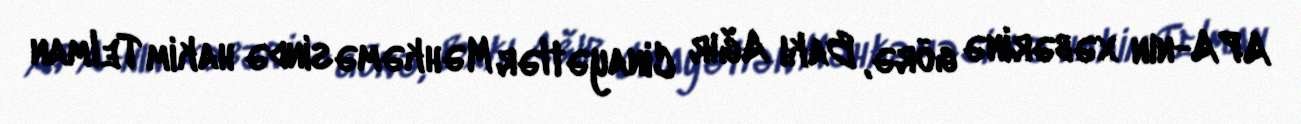
APA-nın xəbərinə görə, Bakı Ağır Cinayətlər Məhkəməsində hakim Telman